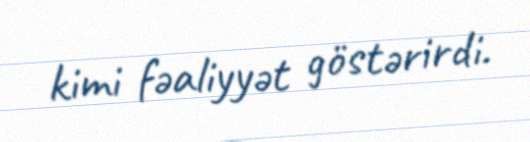
kimi fəaliyyət göstərirdi.